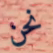
نحن